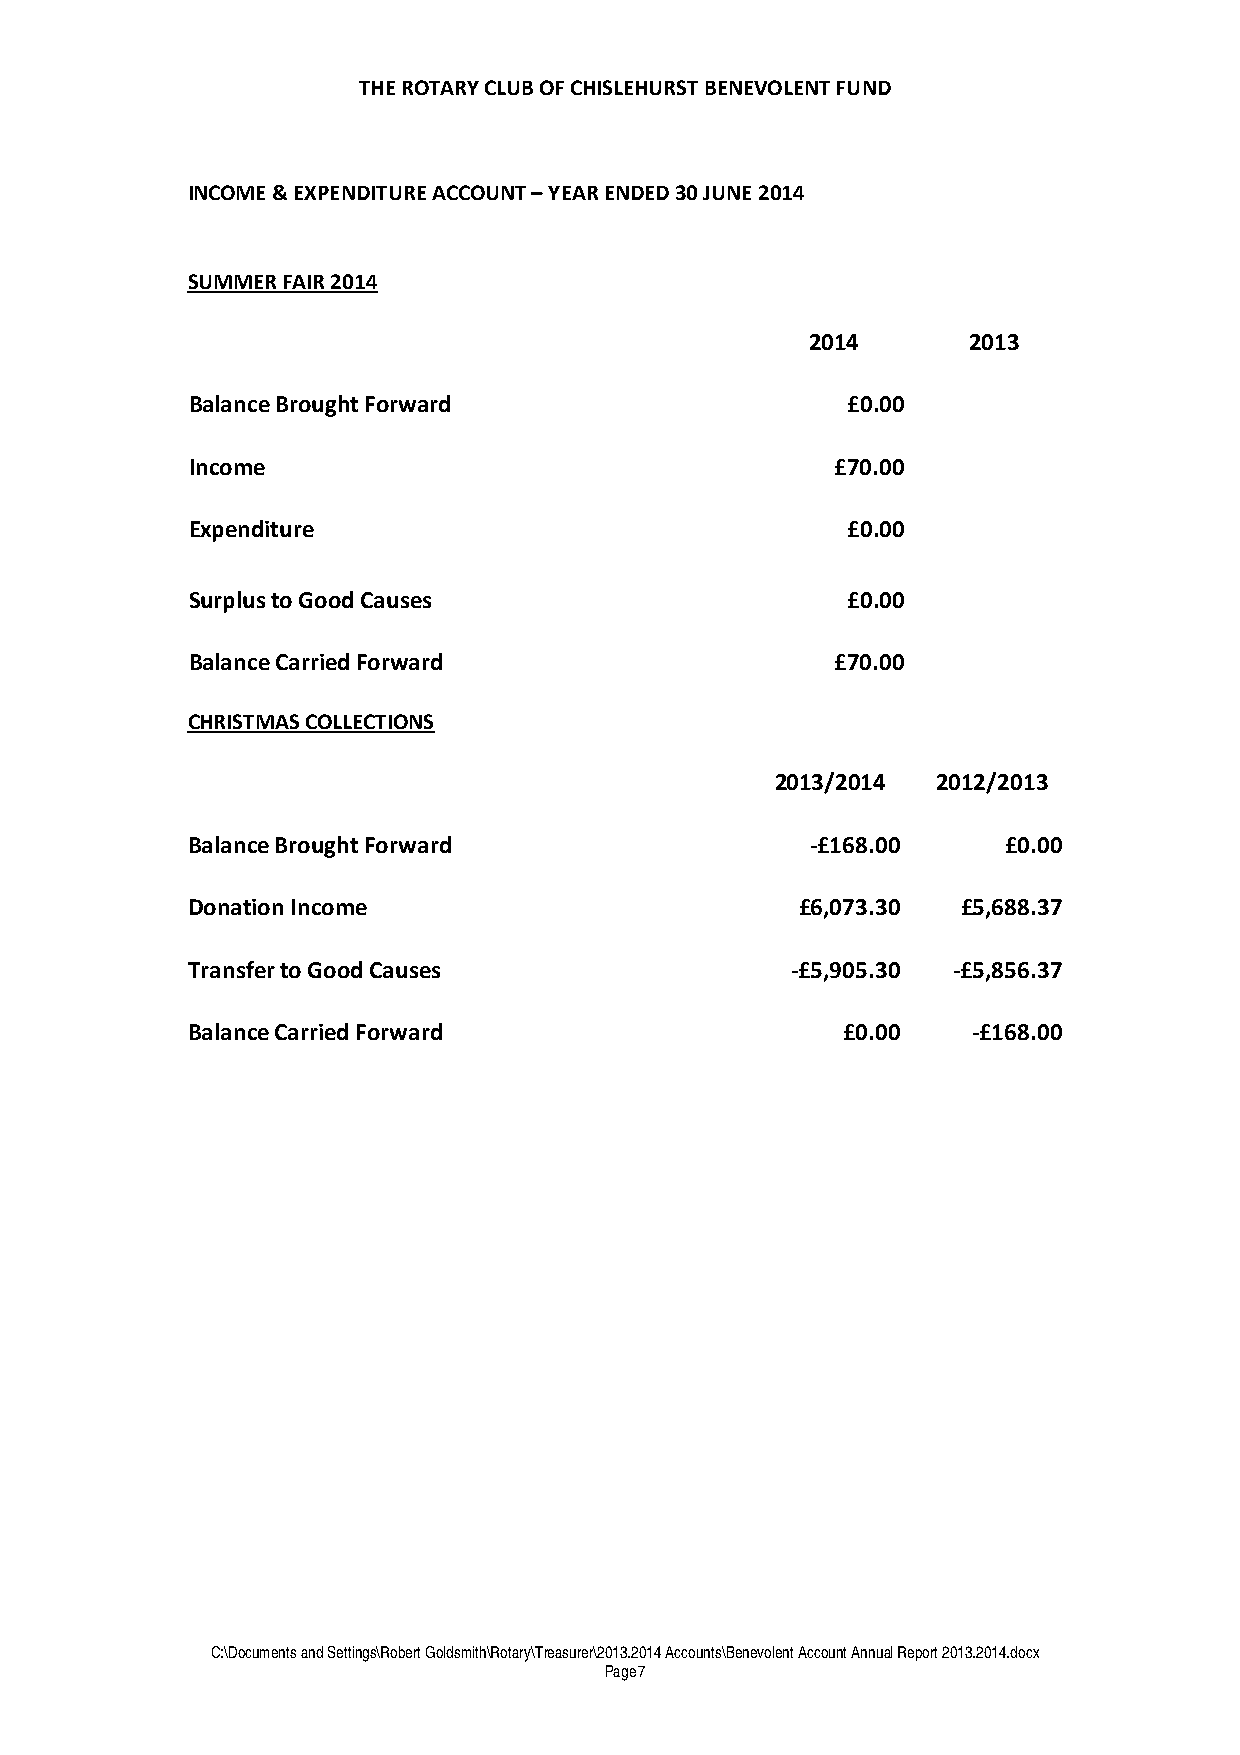
THE ROTARY CLUB OF CHISLEHURST BENEVOLENT FUND
 INCOME & EXPENDITURE ACCOUNT – YEAR ENDED 30 JUNE 2014
 SUMMER FAIR 2014
 2014      2013
 Balance Brought Forward                     £0.00
 Income                                     £70.00
 Expenditure                                 £0.00
 Surplus to Good Causes                      £0.00
 Balance Carried Forward                    £70.00
 CHRISTMAS COLLECTIONS
 2013/2014  2012/2013
 Balance Brought Forward                   -£168.00     £0.00
 Donation Income                          £6,073.30  £5,688.37
 Transfer to Good Causes                 -£5,905.30 -£5,856.37
 Balance Carried Forward                     £0.00   -£168.00
 C:\Documents and Settings\Robert Goldsmith\Rotary\Treasurer\2013.2014 Accounts\Benevolent Account Annual Report 2013.2014.docx
 Page 7